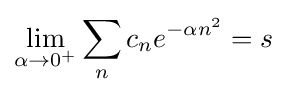
\lim _{\alpha \to 0^{+}}\sum _{n}c_{n}e^{-\alpha n^{2}}=s